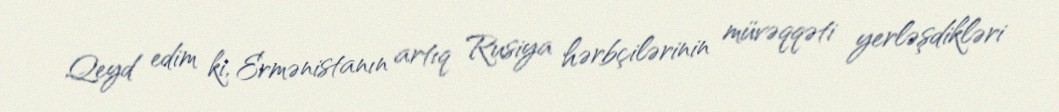
Qeyd edim ki, Ermənistanın artıq Rusiya hərbçilərinin müvəqqəti yerləşdikləri